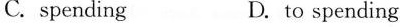
C.spending D.to spending